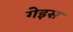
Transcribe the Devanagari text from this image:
गेइस